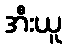
အီးယူ